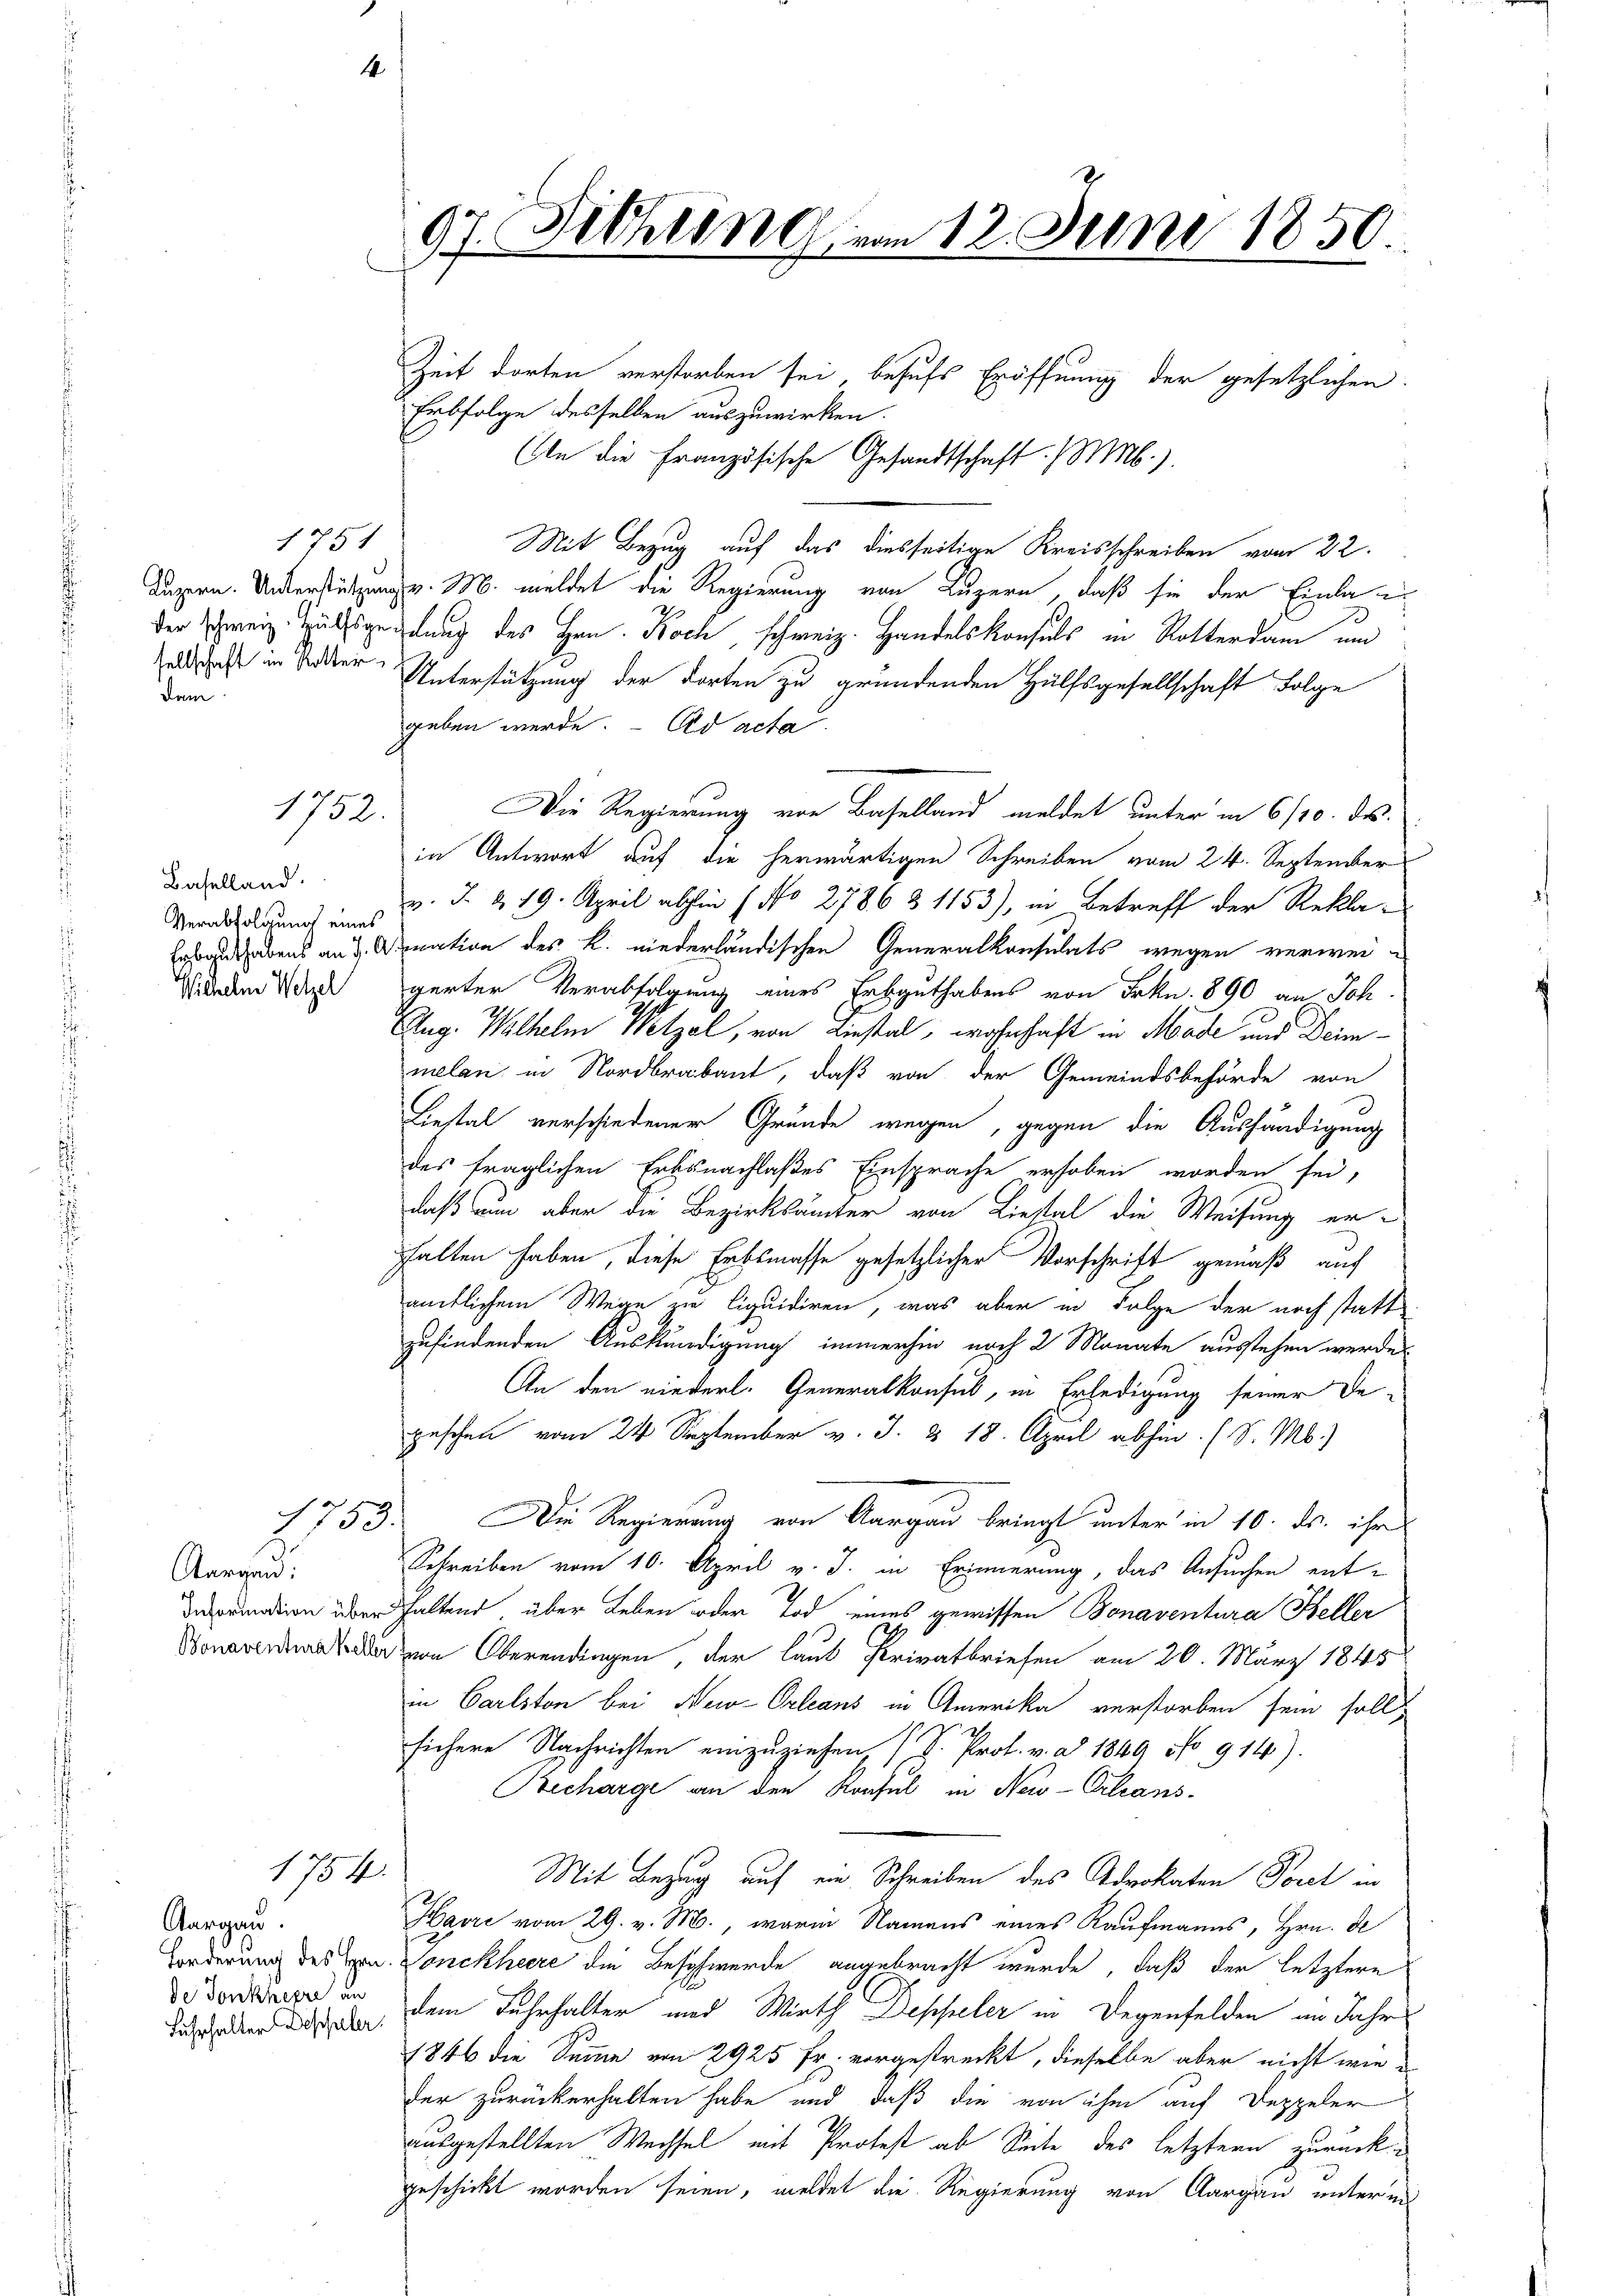
1751
sellschaft in Rotter

dem

Baselland.
Verabfolgung eines
Erbguthabens an J. C
Wichelm Welzel

Aargau:
Information üb
Bonaventura Kell

1752.

1753.

1754.

Aargau.
de Tonkhepre an

97. Fichung vom 12. Juni 1850.

Zeit dorten verstorben sei, behufs Eröffnung der gesetzlichen
Erbfolge desselben auszuwirken.
An die Französische Gesandtschaft. (M b.)
Mit Bezug auf das diesseitige Kreisschreiben vom 22.
Luzern. Unterstützung v. M. meldet die Regierung von Luzern, daß sie der Einlan
der Schweiz. Truksgeistung des Hrn. Koch, schweiz. Handelskonsuls in Rotterdam und
Unterstützung der dorten zu gründenden Hülfsgesellschaft Folge
geben werde. - Ad acta.
Die Regierung von Baselland meldet unter in 6/10. ds.
in Antwort auf die herwärtigen Schreiben vom 24. September
v. J. G. 19. April abhin (No 2786 § 1153), in Betreff der Rekla-
Dination des K. niederländischen Generalkonsulats wegen verweigerter Verabfolgung eines Erbguthabens von Frkn. 890 an Joh
Aug. Wilhelm Wetzel, von Liestal, wohnhaft in Made und Deimmelen in Nordbrabant, daß von der Gemeindsbehörde von
Liestal verschiedener Grunde wegen, gegen die Aushändigung
des fraglichen Erbsnachlaßes Einsprache erhoben worden sei,
daß nun aber die Bezirksämter von Liestal die Weisung er-
halten haben, diese Erbsmasse gesetzlicher Vorschrift gemäß auf
ämtlichem Wege zu liquidiren, was aber in Folge der noch statt
zufindenden Auskündigung immerhin noch 2 Monate ausstehen werde
An den niederl. Generalkonsul, in Erledigung seiner De-
geschen vom 24 September v. J. 18. April abhin (S. M.)
Die Regierung von Aargau bringt unter in 10. ds. ihr
Schreiben vom 10. April v. J. in Erinnerung, das Ansuchen ent-
haltend über Leben oder Tod eines gewissen Bonaventura Keller
Dvon Oberendingen, der laut Privatbriefen am 20. März 1845
in Carlston bei New-Orleans in Amerika verstorben sein soll
sichere Nachrichten einzuziehen (V. Prof. v. a. 1849 No 914).
Becharge an den Konsul in New-Orleans-
Mit Bezug auf ein Schreiben des Advokaten Porel in
Harri vom 29. v. M., warm Namens eines Kaufmanns, Hrn. De
Forderung des Hrn. Vonckheere die Beschwerde angebracht wurde, daß der letztere
ueber daran dem Fuhrhalter und Wirth Deppeler in Degenfelden im Jahr
1846 die Summe von 2925 Fr. vorgestreckt, dieselbe aber nicht wieder zurückerhalten habe und daß die von ihm auf Deppeler
ausgestellten Wechsel mit Protest ab Seite des letztern zurückgeschickt worden seien, meldet die Regierung von Aargau unter in